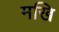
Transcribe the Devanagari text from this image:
मखि